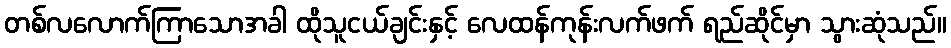
တစ်လလောက်ကြာသောအခါ ထိုသူငယ်ချင်းနှင့် လေထန်ကုန်းလက်ဖက် ရည်ဆိုင်မှာ သွားဆုံသည်။